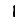
Digit: 1